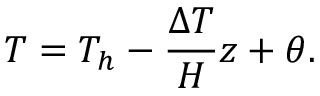
T = T _ { h } - \frac { \Delta T } { H } z + \theta .